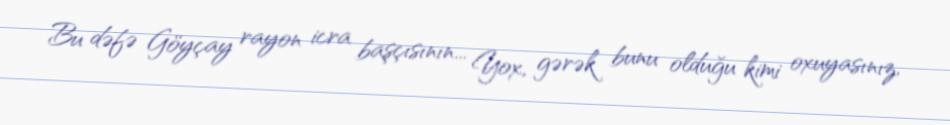
Bu dəfə Göyçay rayon icra başçısının... Yox, gərək bunu olduğu kimi oxuyasınız,